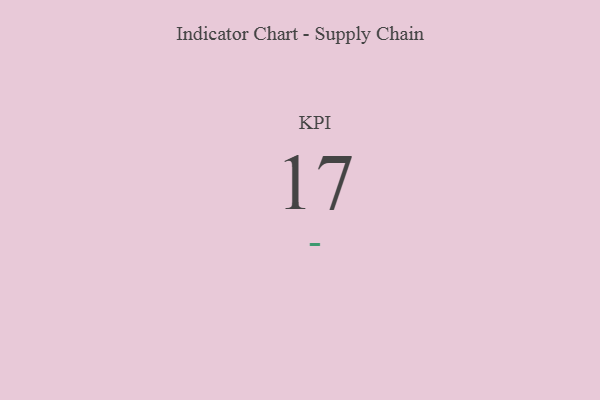
{"axis": {"x": "KPI", "y": "Value"}, "legend": [""], "data": [{"x": "KPI", "y": 17, "type": ""}]}